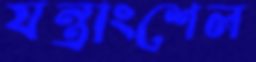
যন্ত্রাংশেল